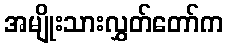
အမျိုးသားလွှတ်တော်က